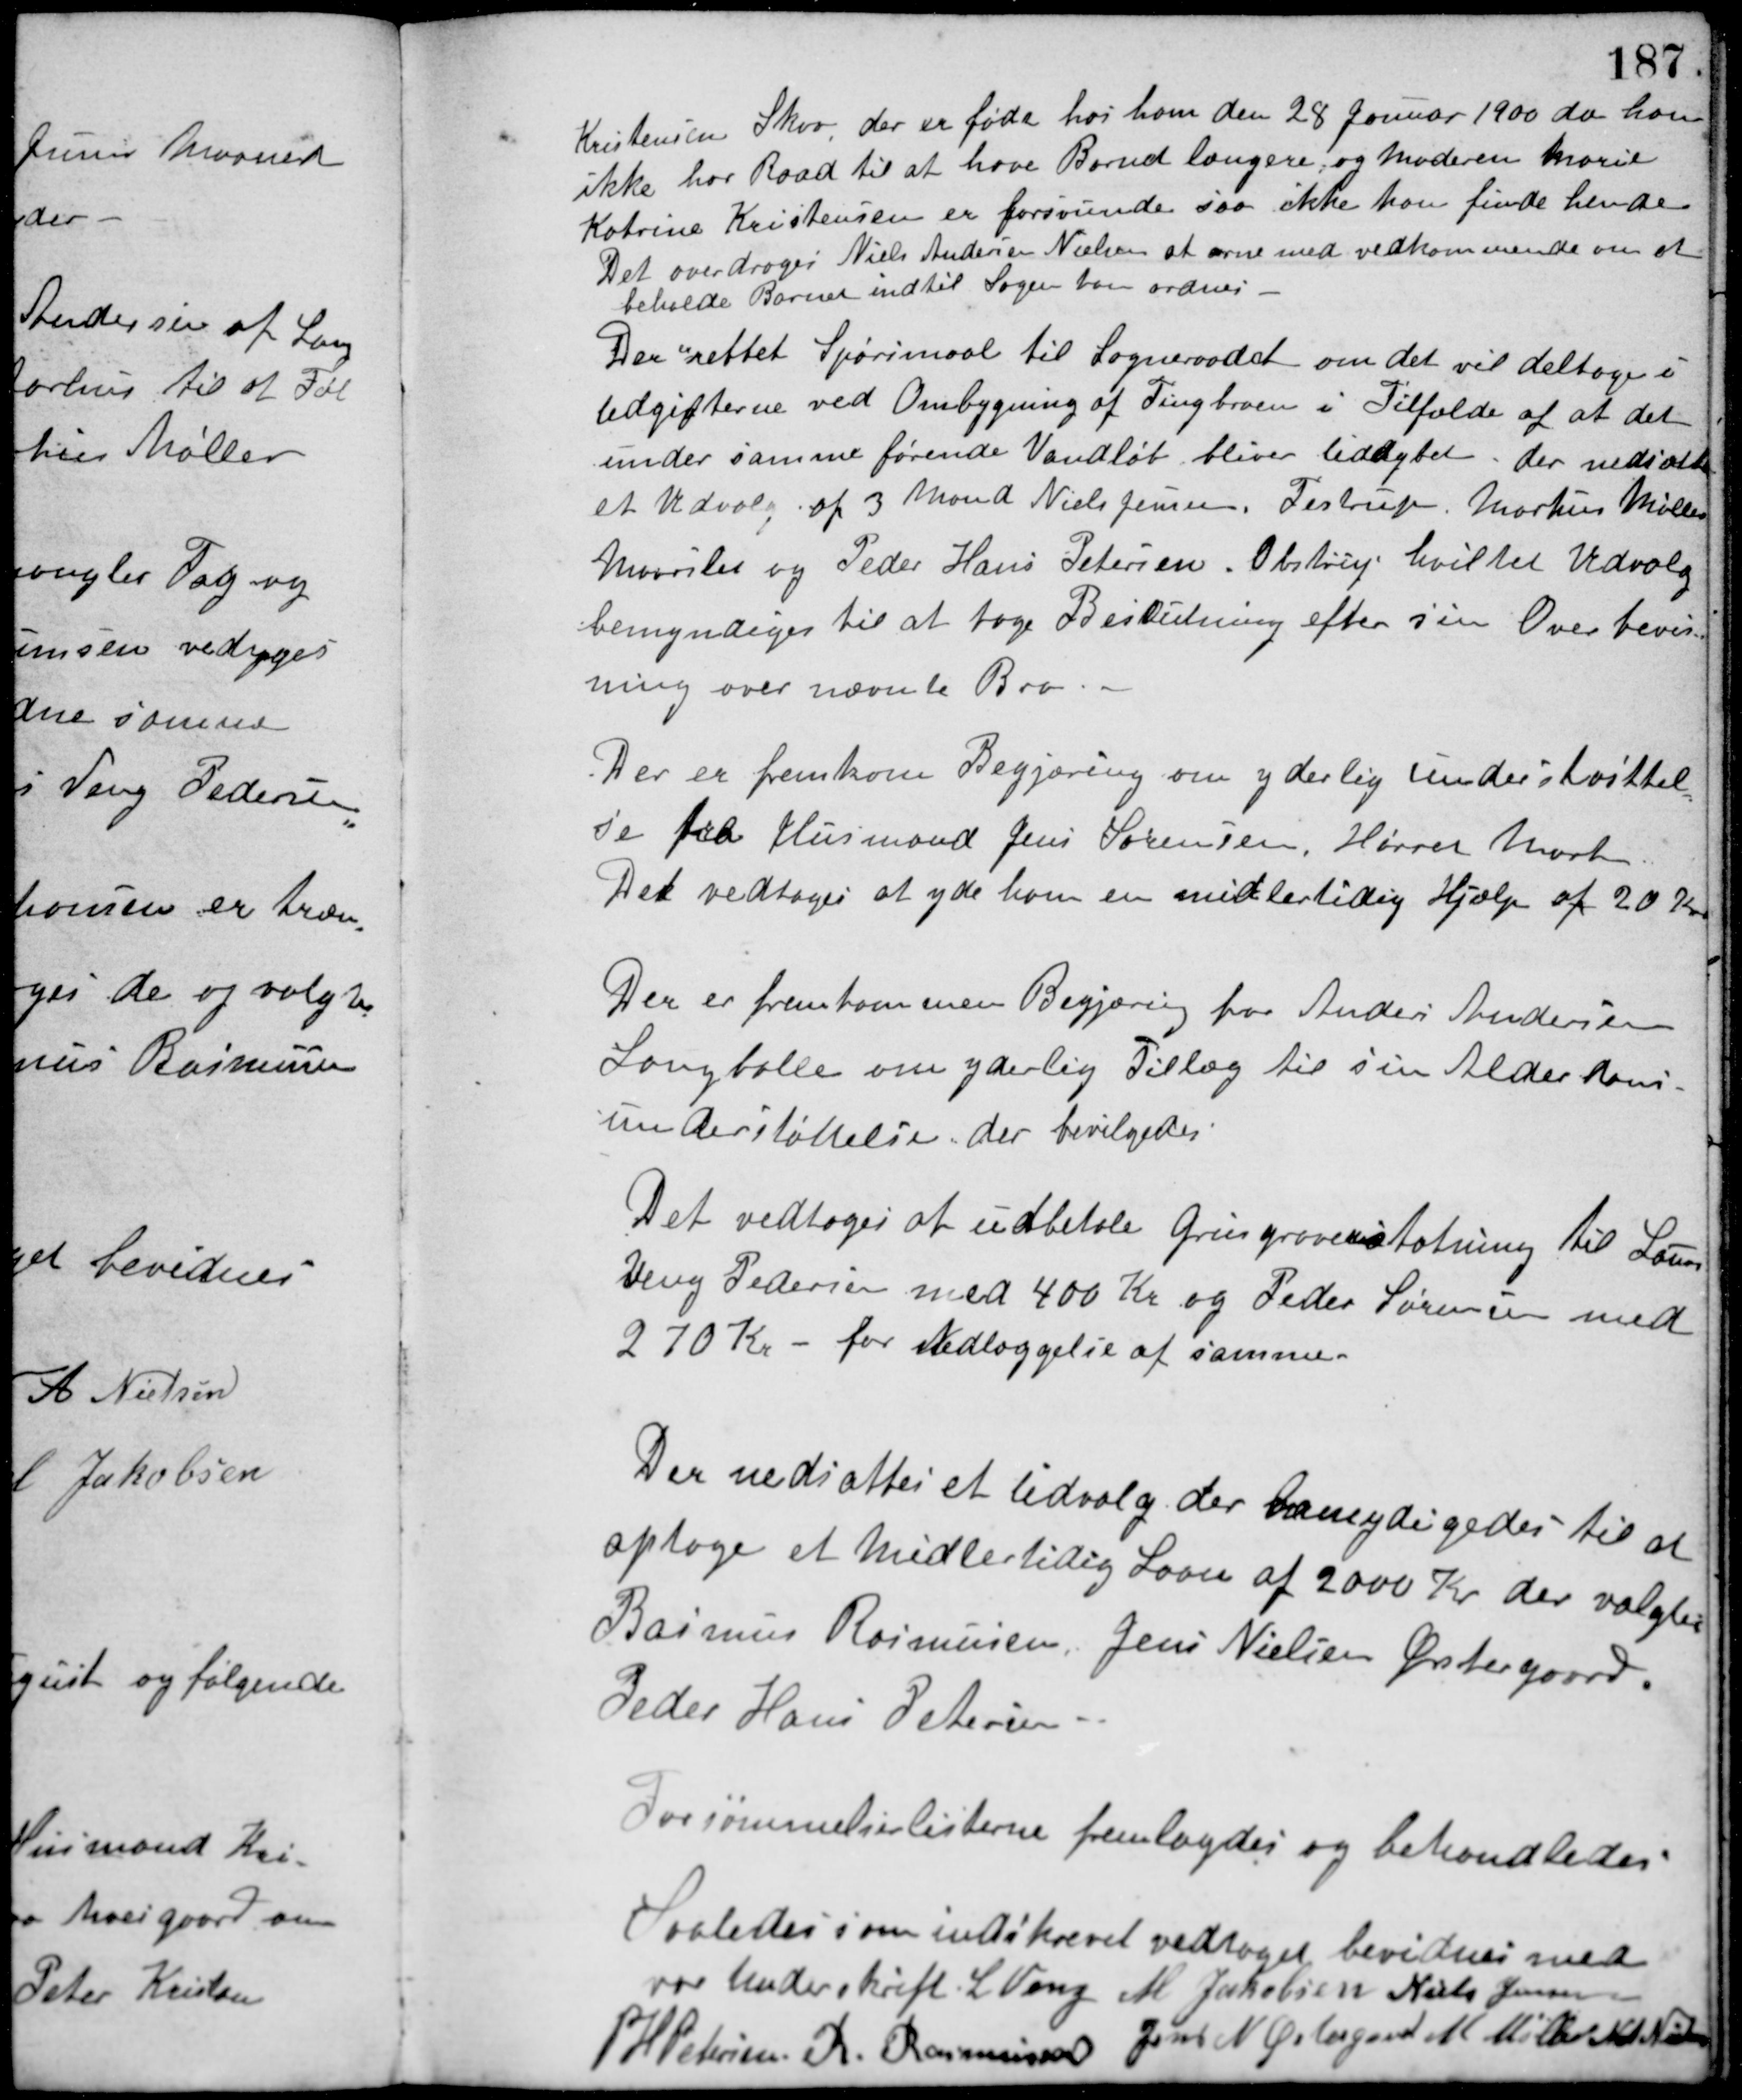
Transskription:
Kristensen Skov, der er født hos ham den 28 Januar 1900 da han
ikke har Raad til at have Barnet længere, og Moderen Marie
Katrine Kristensen er forsvundet saa ikke kan finde hende.
Det overdroges Niels Andersen Nielsen at orne med vedkommende om at
beholde Barnet indtil Sagen kan ordnes.
Der rettet Spørsmaal til Sogneraadet om det vil deltage i
Udgifterne ved Ombygning af Tingbroen i Tilfælde af at det
under samme førende Vandløb bliver uddybet, der nedsattes
et Udvalg af 3 Mand Niels Jensen, Testrup, Markus Møller,
Maarslet og Peder Hans Petersen, Obstrup hvilket Udvalg
bemyndiges til at tage Beslutning efter sin Overbevis-
ning over nævnte Bro.
Der er fremkom Begjæring om yderlig understøttel-
se fra Husmand Jens Sørensen, Hørret Mark.
Det vedtoges at yde ham en midlertidig Hjælp af 20 Kr.
Der er fremkommen Begjæring fra Anders Andersen
Langballe om yderlig Tillæg til sin Alderdoms-
understøttelse, der bevilgedes.
Det vedtoges at udbetale Grusgraverstatning til Laurs
Veng Pedersen med 400 Kr. og Peder Sørensen med
270 Kr. - for Nedlæggelse af samme.
Der nedsattes et Udvalg der bemydigedes til at
optage et Midlertidig Laan af 2000 Kr. der valgtes
Rasmus Rasmussen, Jens Nielsen Østergaard,
Peder Hans Petersen.
Forsømmelseslisterne fremlagdes og behandledes.
Saaledes som indskrevet vedtaget bevidnes med
vor Underskrift. L. Veng M. Jakobsen Niels Jensen
Jens N. Østergaard M. Møller N. A. Nielsen
P. H. Petersen R. Rasmussen